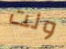
ولت